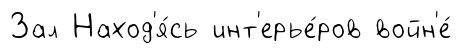
Зал Наход'я́сь инт'ерье́ров войн'е́